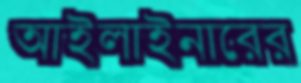
আইলাইনারের